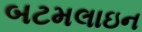
બટમલાઇન